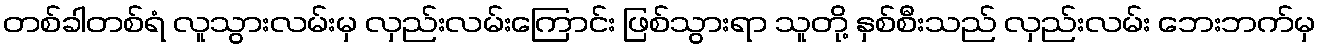
တစ်ခါတစ်ရံ လူသွားလမ်းမှ လှည်းလမ်းကြောင်း ဖြစ်သွားရာ သူတို့ နှစ်စီးသည် လှည်းလမ်း ဘေးဘက်မှ